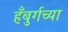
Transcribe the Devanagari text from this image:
हँबुर्गच्या